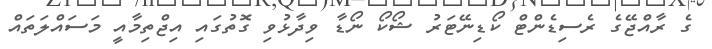
ގެ ރާއްޖޭގެ ރެސިޑެންޓް ކޯޑިނޭޓަރު ޝޯކޯ ނޯޑާ ވިދާޅުވި ގޮތުގައި އިޖްތިމާއީ މަސައްލަތައް